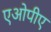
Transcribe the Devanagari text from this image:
एओपीए